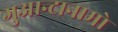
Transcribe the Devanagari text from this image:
गुआन्टानामो